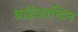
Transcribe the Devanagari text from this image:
बाईज़ान्टिन